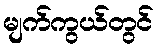
မျက်ကွယ်တွင်